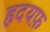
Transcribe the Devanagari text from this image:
हृदयफ़